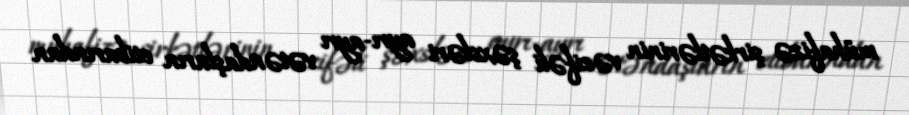
mühafizə şirkətlərinin vəzifəli şəxsləri ayrı-ayrı vətəndaşların etibarından